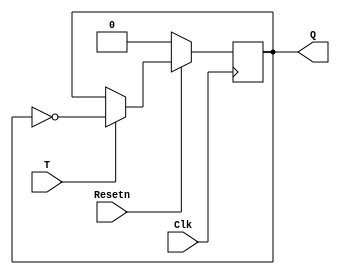
// Flip-Flop Tipo T
module ToggleFF(T, Clk, Resetn, Q);
	input T, Clk, Resetn;
	output reg Q;
	
	always @(posedge Clk)
		if (Resetn  == 1'b0)	// synchronous clear
			Q <= 1'b0;
		else if(T)
			Q <= ~Q;
endmodule